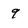
Character: 9